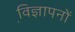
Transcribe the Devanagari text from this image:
वि़ज्ञापनों